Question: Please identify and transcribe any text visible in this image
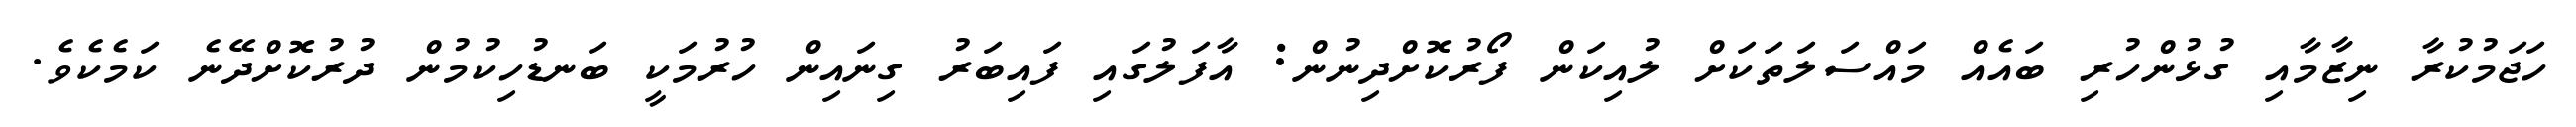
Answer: ހަޖަމުކުރާ ނިޒާމާއި ގުޅުންހުރި ބައެއް މައްސަލަތަކަށް ލުއިކަން ފޯރުކޮށްދިނުން: އާފަލުގައި ފައިބަރު ގިނައިން ހުރުމަކީ ބަނޑުހިކުމުން ދުރުކޮށްދޭނެ ކަމެކެވެ.